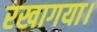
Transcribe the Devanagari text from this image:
रखागया।